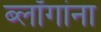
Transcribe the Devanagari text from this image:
ब्लॉगांना